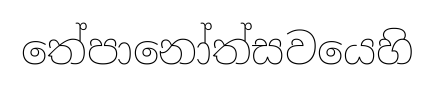
තේපානෝත්සවයෙහි